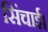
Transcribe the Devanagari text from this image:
सिंचाई।